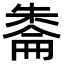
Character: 𪳔